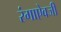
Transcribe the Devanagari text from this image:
रंगाऐवजी